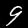
Label: 9